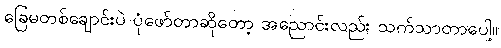
ခြေမတစ်ချောင်းပဲ ပုံဖော်တာဆိုတော့ အညောင်းလည်း သက်သာတာပေါ့။